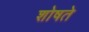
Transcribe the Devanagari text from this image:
शोषते